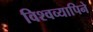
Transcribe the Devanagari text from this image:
विश्वव्यापिने